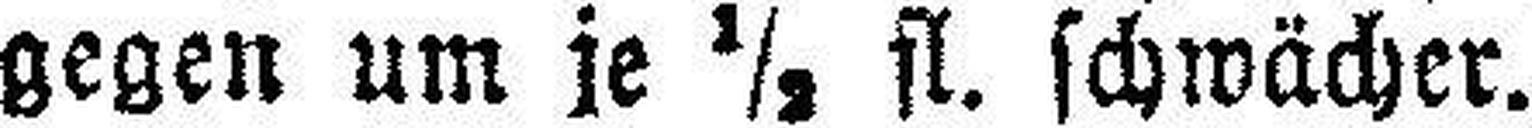
gegen um je ½ fl. schwächer.